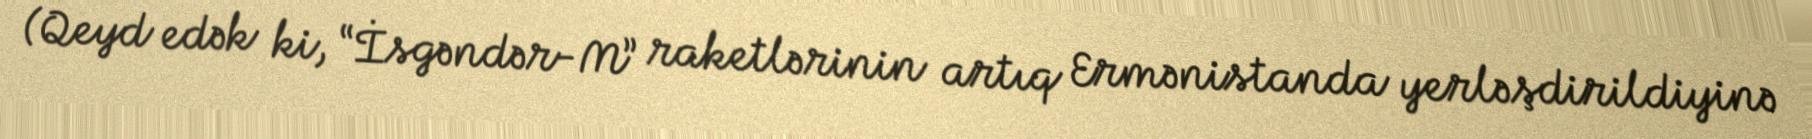
(Qeyd edək ki, “İsgəndər-M” raketlərinin artıq Ermənistanda yerləşdirildiyinə